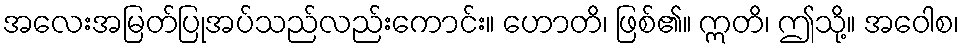
အလေးအမြတ်ပြုအပ်သည်လည်းကောင်း။ ဟောတိ၊ ဖြစ်၏။ ဣတိ၊ ဤသို့။ အဝေါစ၊